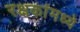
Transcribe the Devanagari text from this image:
रक्षकांमध्ये